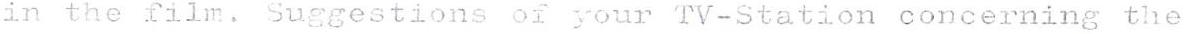
in the film. Suggestions of your TV-Station concerning the